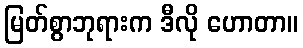
မြတ်စွာဘုရားက ဒီလို ဟောတာ။